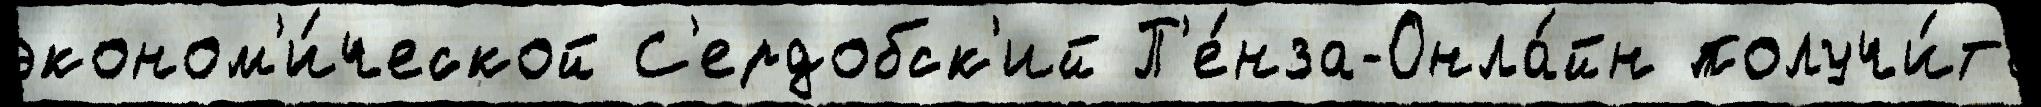
эконом'и́ческой С'ердобск'ий П'е́нза-Онла́йн получи́ть